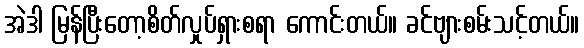
အဲဒါ မြန်ပြီးတော့စိတ်လှုပ်ရှားစရာ ကောင်းတယ်။ ခင်ဗျားစမ်းသင့်တယ်။